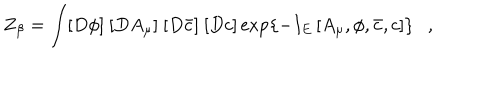
LaTeX: Z _ { \beta } = \int [ D \phi ] ~ [ D A _ { \mu } ] ~ [ D \bar { c } ] ~ [ D c ] \exp \left\{ - I _ { E } \left[ A _ { \mu } , \phi , \bar { c } , c \right] \right\} ,